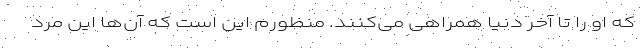
که او را تا آخر دنیا همراهی می‌کنند. منظورم این است که آن‌ها این مرد